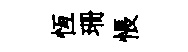
恆珊悵